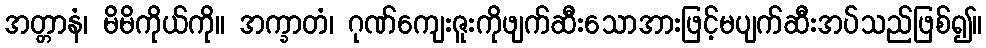
အတ္တာနံ၊ မိမိကိုယ်ကို။ အက္ခာတံ၊ ဂုဏ်ကျေးဇူးကိုဖျက်ဆီးသောအားဖြင့်မပျက်ဆီးအပ်သည်ဖြစ်၍။